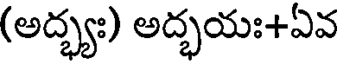
(అద్భ్య) అద్భయః+ఏవ